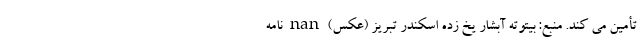
تأمین می کند. منبع: بیتوته آبشار یخ زده اسکندر تبریز (عکس) nan نامه